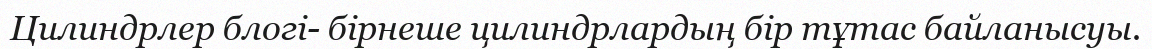
Цилиндрлер блогі- бірнеше цилиндрлардың бір тұтас байланысуы.